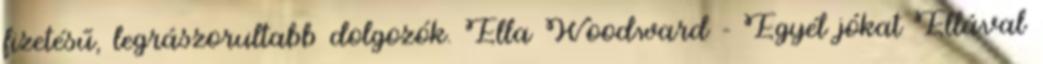
fizetésű, legrászorultabb dolgozók. Ella Woodward - Egyél jókat Ellával